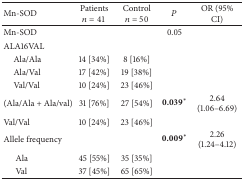
| Mn-SOD | Patients n = 41 | Control n = 50 | P | OR (95% CI) |
 | --- | --- | --- | --- | --- |
 | Mn-SOD |  |  | 0.05 |  |
 | ALA16VAL |  |  |  |  |
 | Ala/Ala | 14 [34%] | 8 [16%] |  |  |
 | Ala/Val | 17 [42%] | 19 [38%] |  |  |
 | Val/Val | 10 [24%] | 23 [46%] |  |  |
 | (Ala/Ala + Ala/val) | 31 [76%] | 27 [54%] | 0.039* | 2.64 (1.06–6.69) |
 | Val/Val | 10 [24%] | 23 [46%] |  |  |
 | Allele frequency |  |  | 0.009* | 2.26 (1.24–4.12) |
 | Ala | 45 [55%] | 35 [35%] |  |  |
 | Val | 37 [45%] | 65 [65%] |  |  |